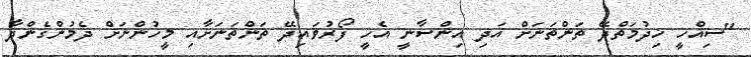
"ސިއްހީ ޚިދުމަތްދޭ ތަންތަނަށް އަދި އިންސާނީ އެހީ ފޯރުވައިދޭ ތަންތަނަށާއި މީހުންނަށް ދެމުންގެންދާ